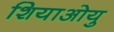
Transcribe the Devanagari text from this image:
शियाओयु